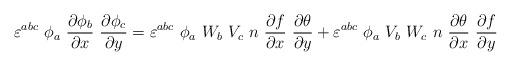
LaTeX: \begin{align*}\varepsilon^{abc}~\phi_a~\frac{\partial\phi_b}{\partial x}~\frac{\partial\phi_c}{\partial y}=\varepsilon^{abc}~\phi_a~W_b~V_c~n~\frac{\partial f}{\partial x}~\frac{\partial\theta}{\partial y}+\varepsilon^{abc}~\phi_a~V_b~W_c~n~\frac{\partial\theta}{\partial x}~\frac{\partial f}{\partial y}\end{align*}